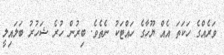
ވަރެއްގެ ހަކަތަ އެއް ޔޫހާގެ ހައްޓަކު ނެތެވެ. ބިރުން ހުރެ ޝަހުރު ބަލައިލީ